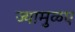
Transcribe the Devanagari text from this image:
ज्यामुळए